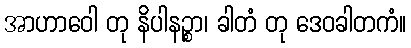
အာဟာဝေါ တု နိပါနဉ္စာ၊ ခါတံ တု ဒေဝခါတကံ။